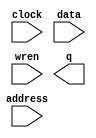
module sdram_cache (
	address,
	clock,
	data,
	wren,
	q);

	input	[9:0]  address;
	input	  clock;
	input	[15:0]  data;
	input	  wren;
	output	[15:0]  q;
`ifndef ALTERA_RESERVED_QIS
// synopsys translate_off
`endif
	tri1	  clock;
`ifndef ALTERA_RESERVED_QIS
// synopsys translate_on
`endif

endmodule